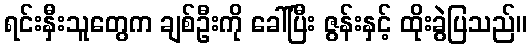
ရင်းနှီးသူတွေက ချစ်ဦးကို ခေါ်ပြီး ဇွန်းနှင့် ထိုးခွဲပြသည်။